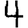
Digit: 4